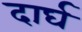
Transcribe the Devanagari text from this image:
दार्घ